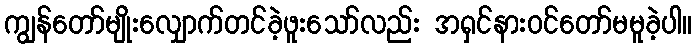
ကျွန်တော်မျိုးလျှောက်တင်ခဲ့ဖူးသော်လည်း အရှင်နားဝင်တော်မမူခဲ့ပါ။